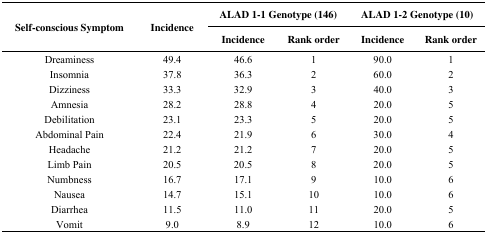
<table><thead><tr><td rowspan="2"><b>Self-conscious Symptom</b></td><td rowspan="2"><b>Incidence</b></td><td colspan="2"><b>ALAD 1-1 Genotype (146)</b></td><td colspan="2"><b>ALAD 1-2 Genotype (10)</b></td></tr><tr><td><b>Incidence</b></td><td><b>Rank order</b></td><td><b>Incidence</b></td><td><b>Rank order</b></td></tr></thead><tbody><tr><td>Dreaminess</td><td>49.4</td><td>46.6</td><td>1</td><td>90.0</td><td>1</td></tr><tr><td>Insomnia</td><td>37.8</td><td>36.3</td><td>2</td><td>60.0</td><td>2</td></tr><tr><td>Dizziness</td><td>33.3</td><td>32.9</td><td>3</td><td>40.0</td><td>3</td></tr><tr><td>Amnesia</td><td>28.2</td><td>28.8</td><td>4</td><td>20.0</td><td>5</td></tr><tr><td>Debilitation</td><td>23.1</td><td>23.3</td><td>5</td><td>20.0</td><td>5</td></tr><tr><td>Abdominal Pain</td><td>22.4</td><td>21.9</td><td>6</td><td>30.0</td><td>4</td></tr><tr><td>Headache</td><td>21.2</td><td>21.2</td><td>7</td><td>20.0</td><td>5</td></tr><tr><td>Limb Pain</td><td>20.5</td><td>20.5</td><td>8</td><td>20.0</td><td>5</td></tr><tr><td>Numbness</td><td>16.7</td><td>17.1</td><td>9</td><td>10.0</td><td>6</td></tr><tr><td>Nausea</td><td>14.7</td><td>15.1</td><td>10</td><td>10.0</td><td>6</td></tr><tr><td>Diarrhea</td><td>11.5</td><td>11.0</td><td>11</td><td>20.0</td><td>5</td></tr><tr><td>Vomit</td><td>9.0</td><td>8.9</td><td>12</td><td>10.0</td><td>6</td></tr></tbody></table>